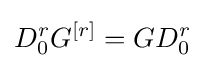
D_{0}^{r}G^{\left[r\right]}=GD_{0}^{r}